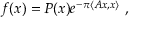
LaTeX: f ( x ) = P ( x ) e ^ { - \pi \langle A x , x \rangle } ~ ,